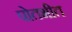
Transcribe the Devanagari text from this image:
पोतभीत